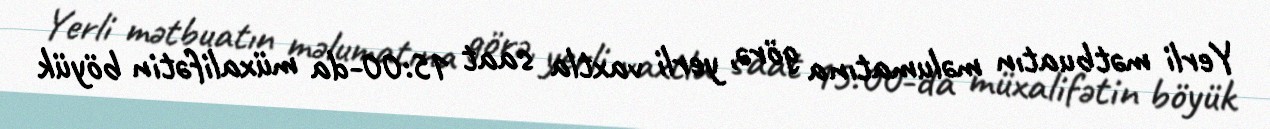
Yerli mətbuatın məlumatına görə, yerli vaxtla saat 15:00-da müxalifətin böyük